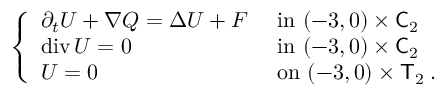
\begin{array} { r } { \left\{ \begin{array} { l l } { \partial _ { t } U + \nabla Q = \Delta U + F } & { \mathrm { ~ i n ~ } ( - 3 , 0 ) \times \mathsf C _ { 2 } } \\ { \operatorname { d i v } U = 0 } & { \mathrm { ~ i n ~ } ( - 3 , 0 ) \times \mathsf C _ { 2 } } \\ { U = 0 } & { \mathrm { ~ o n ~ } ( - 3 , 0 ) \times \mathsf T _ { 2 } \; . } \end{array} \right. } \end{array}